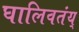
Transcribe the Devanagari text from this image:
घालिवतंय्